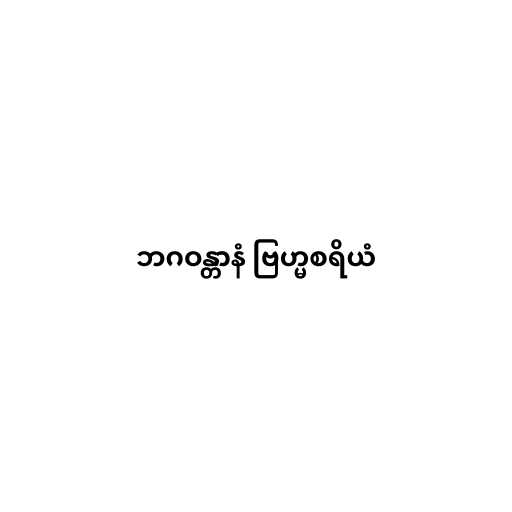
ဘဂဝန္တာနံ ဗြဟ္မစရိယံ